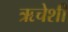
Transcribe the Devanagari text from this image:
ऋचेशी